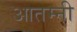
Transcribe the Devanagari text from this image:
आतम्नी